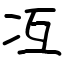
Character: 冱